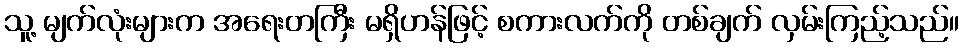
သူ့ မျက်လုံးများက အရေးတကြီး မရှိဟန်ဖြင့် စကားလက်ကို တစ်ချက် လှမ်းကြည့်သည်။